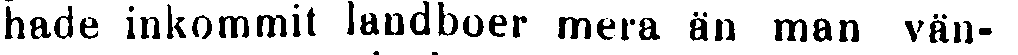
hade inkommit landboer mera än man vän-